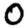
Digit: 0